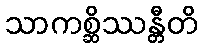
သာကစ္ဆိဿန္တီတိ